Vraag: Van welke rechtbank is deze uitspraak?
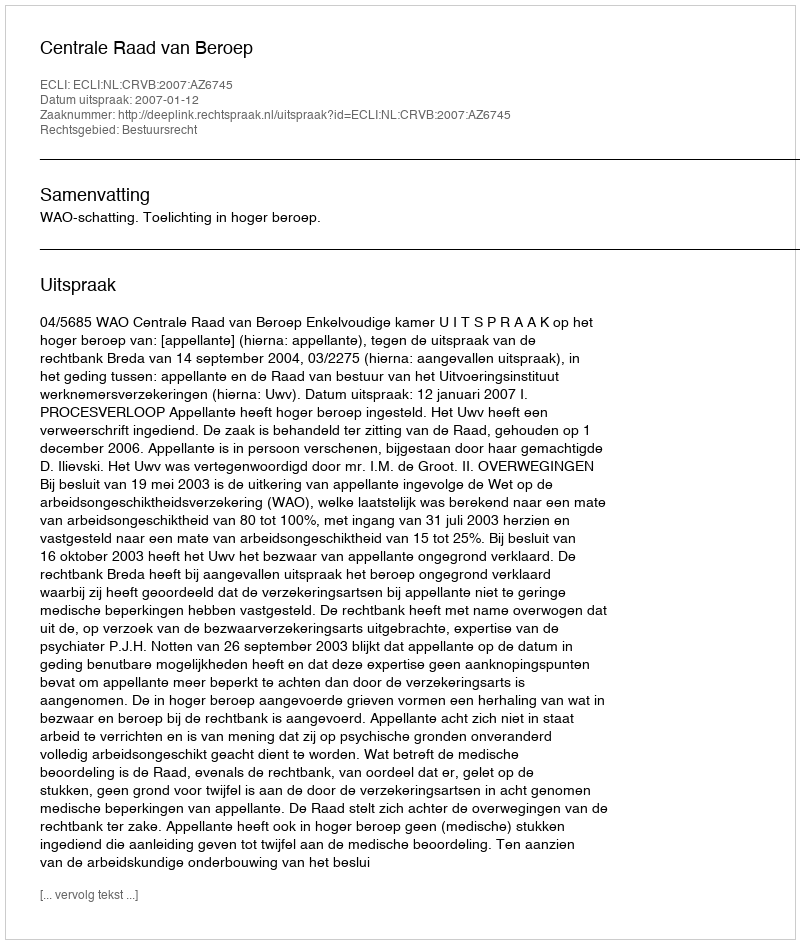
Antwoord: Centrale Raad van Beroep